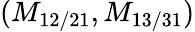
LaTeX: (M_{12/21},M_{13/31})